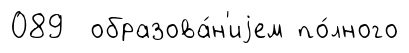
089 образова́н'иjем по́лного